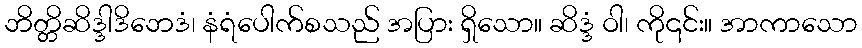
ဘိတ္တိဆိဒ္ဒါဒိဘေဒံ၊ နံရံပေါက်စသည် အပြား ရှိသော။ ဆိဒ္ဒံ ဝါ၊ ကို၎င်း။ အာကာသော